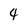
Character: 4